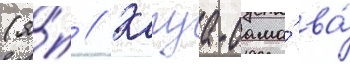
(я́п // Кагуа-сама́ ва́